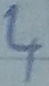
Text: 4